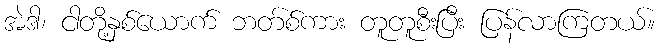
အဲဒါ၊ ငါတို့နှစ်ယောက် ဘတ်စ်ကား တူတူစီးပြီး ပြန်လာကြတယ်။